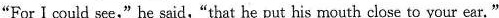
"For I could see," he said,"that he put his mouth close to your ear."